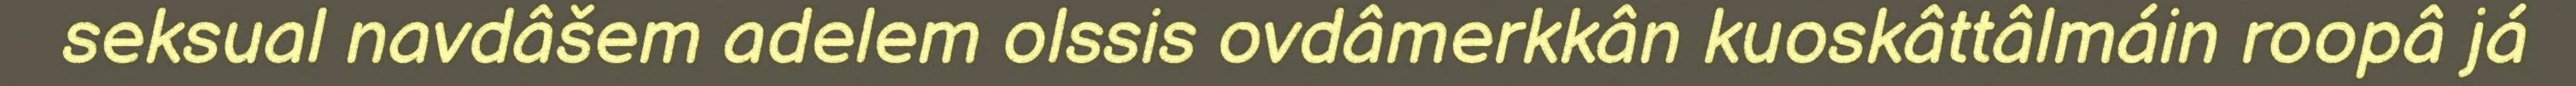
seksual navdâšem adelem olssis ovdâmerkkân kuoskâttâlmáin roopâ já